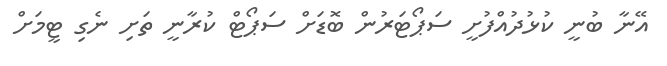
އޭނާ ބުނީ ކުޅުދުއްފުށީ ސަޕޯޓަރުން ބޮޑަށް ސަޕޯޓް ކުރާނީ ތަށި ނެގި ޓީމަށް